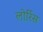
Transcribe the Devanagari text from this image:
लोर्रिस